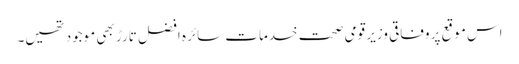
اس موقع پر وفاقی وزیر قومی صحت خدمات سائرہ افضل تارڑ بھی موجود تھیں۔